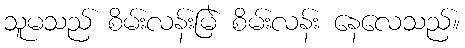
သူမသည် စိမ်းလန်းမြဲ စိမ်းလန်း နေလေသည်။